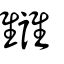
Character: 讎